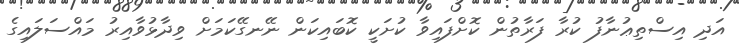
އަދި އިސްތިޢުނާފު ކުރާ ފަރާތުން ކޮށްފައިވާ ކުށަކީ ކޮބައިކަން ނޭނގޭކަމަށް ވިދާޅުވާއިރު މައްސަލައިގެ